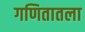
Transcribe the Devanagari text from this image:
गणितातला